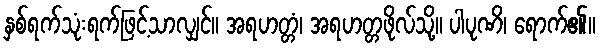
နှစ်ရက်သုံးရက်ဖြင့်သာလျှင်။ အရဟတ္တံ၊ အရဟတ္တဖိုလ်သို့။ ပါပုဏိ၊ ရောက်၏။